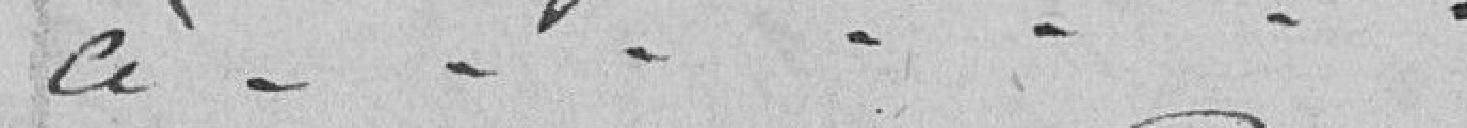
à